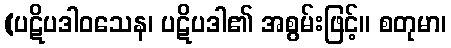
(ပဋိပဒါဝသေန၊ ပဋိပဒါ၏ အစွမ်းဖြင့်။ စတုမာ၊